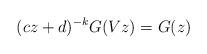
LaTeX: \begin{align*} (c z + d)^{- k} G (V z) = G (z) \end{align*}